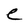
Character: e